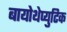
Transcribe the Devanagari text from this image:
बायोथेप्युटिक